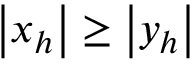
\left\lvert x _ { h } \right\rvert \ge \left\lvert y _ { h } \right\rvert